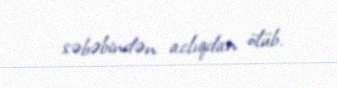
səbəbindən aclıqdan ölüb.